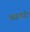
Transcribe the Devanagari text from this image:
व्यान्डॉट